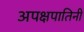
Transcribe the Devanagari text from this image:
अपक्षपातिनी